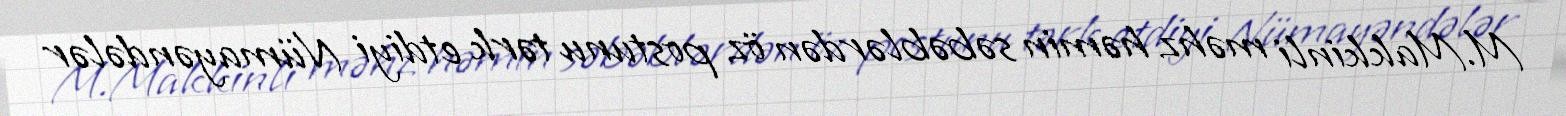
M.Makkinli məhz həmin səbəblərdən öz postunu tərk etdiyi Nümayəndələr